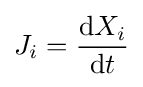
J_{i}={\frac {\mathrm {d} X_{i}}{\mathrm {d} t}}